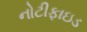
નોટીફાઇડ